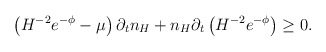
\begin{align*} \left(H^{-2} e^{-\phi}-\mu\right)\partial_t n_H+ n_H \partial_t \left(H^{-2} e^{-\phi}\right) \ge 0.\end{align*}